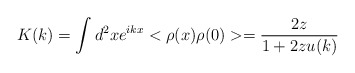
\begin{align*}K(k)=\int d^2x e^{ikx}<\rho(x) \rho(0)>=\frac{2z}{1+2zu(k)}\end{align*}